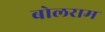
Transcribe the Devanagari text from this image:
बोलराम